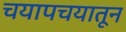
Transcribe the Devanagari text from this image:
चयापचयातून